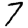
Digit: 7